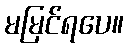
မမြင်ရပေ။